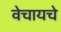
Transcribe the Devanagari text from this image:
वेचायचे